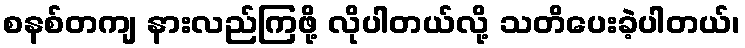
စနစ်တကျ နားလည်ကြဖို့ လိုပါတယ်လို့ သတိပေးခဲ့ပါတယ်၊